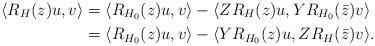
LaTeX: \begin{align*} \langle R_H (z) u , v \rangle &= \langle R_{H_0} (z) u , v \rangle - \langle Z R_H (z) u , Y R_{H_0} (\bar{z}) v \rangle \\ &= \langle R_{H_0} (z) u , v \rangle - \langle Y R_{H_0} (z) u , Z R_H (\bar{z}) v \rangle . \end{align*}